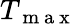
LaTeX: T_{\mathrm{~m~a~x~}}